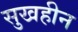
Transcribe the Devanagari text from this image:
सुखहीन